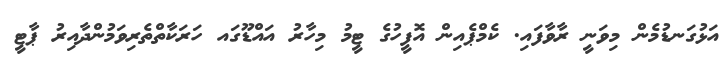
އަޅުގަނޑުމެން މިވަނީ ރާވާފައި. ކެމްޕެއިން އޮފީހުގެ ޓީމު މިހާރު އައްޑޫގައ ހަރަކާތްތެރިވަމުންދާއިރު ޕާޓީ